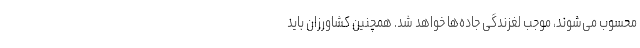
محسوب می‌شوند، موجب لغزندگی جاده‌ها خواهد شد. همچنین کشاورزان باید